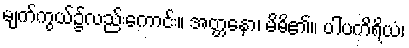
မျက်ကွယ်၌လည်းကောင်း။ အတ္တနော၊ မိမိ၏။ ပါပကိရိယံ၊